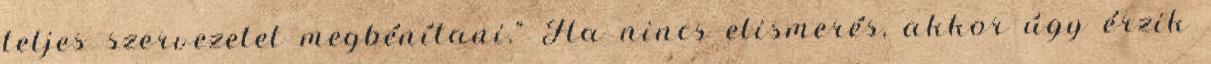
teljes szervezetet megbénítani." Ha nincs elismerés, akkor úgy érzik